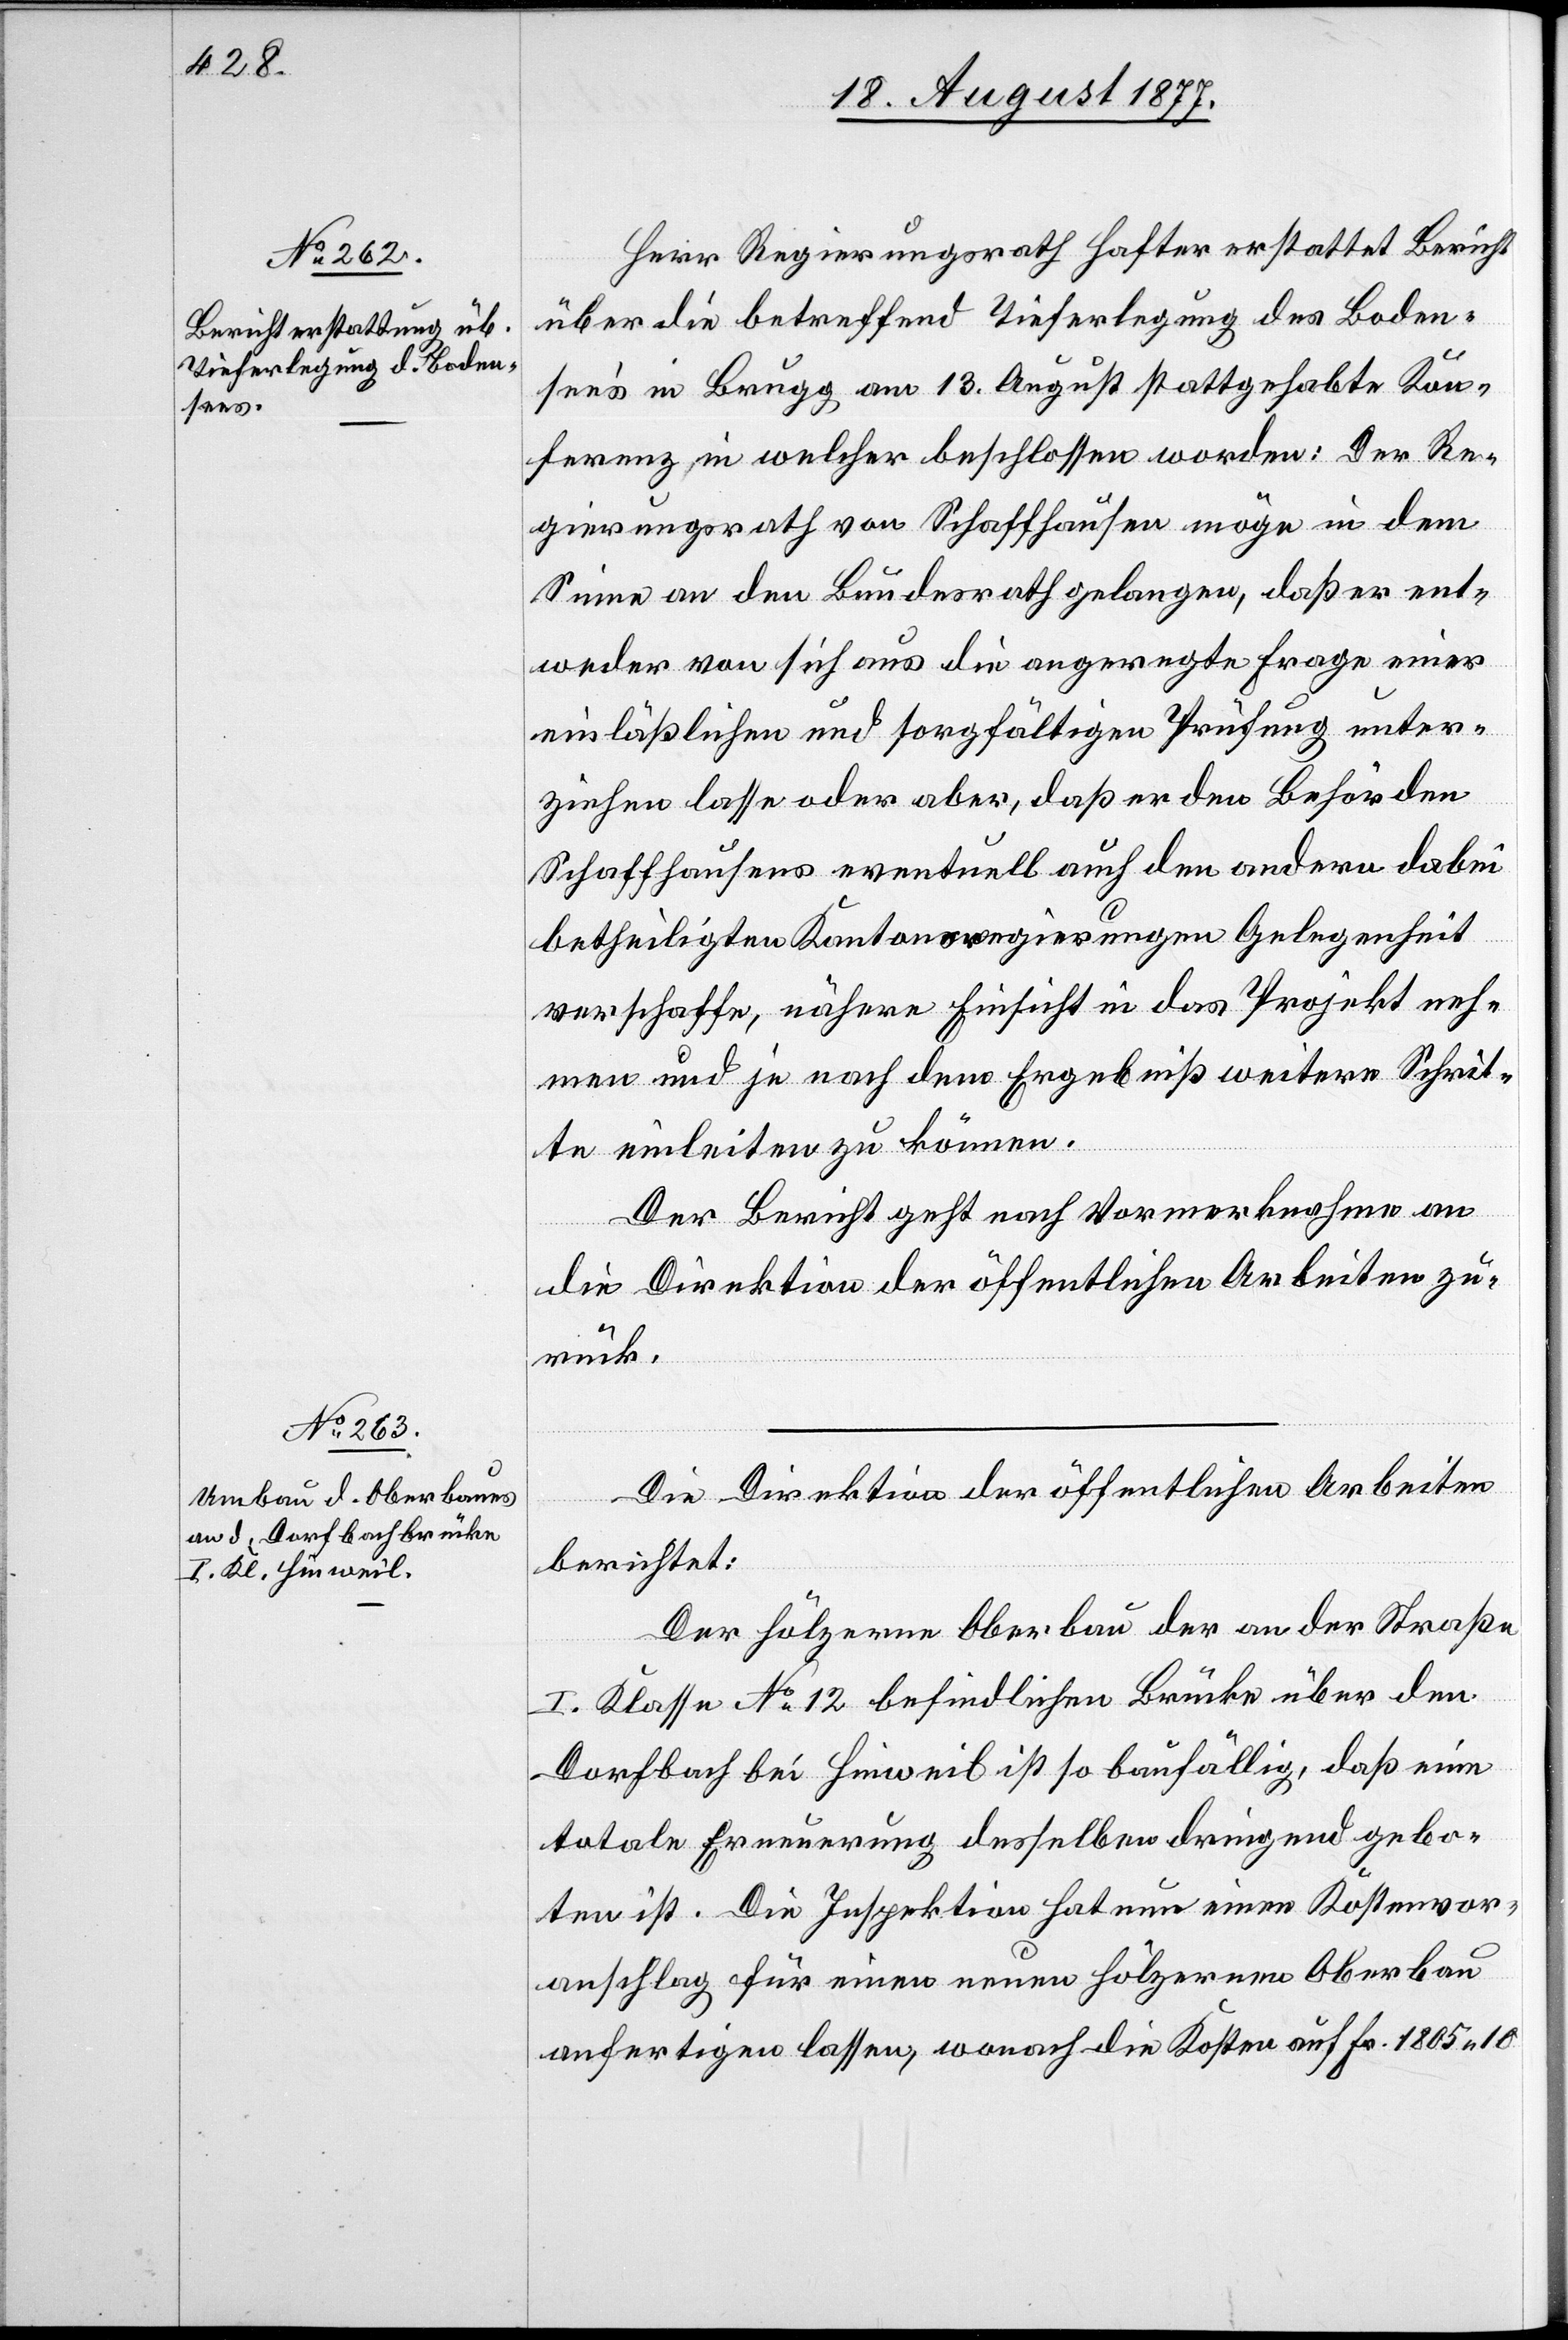
Herr Regierungsrath Hafter erstattet Bericht
über die betreffend Tieferlegung des Boden¬
see’s in Brugg am 13. August stattgehabte Kon¬
ferenz in welcher beschlossen worden: Der Re¬
gierungsrath von Schaffhausen möge in dem
Sinne an den Bundesrath gelangen, daß er ent¬
weder von sich aus die angeregte Frage einer
einläßlichen und sorgfältigen Prüfung unter¬
ziehen lasse oder aber, daß er den Behörden
Schaffhausens eventuell auch den andern dabei
betheiligten Kantonsregierungen Gelegenheit
verschaffe, nähere Einsicht in das Projekt neh¬
men und je nach dem Ergebniß weitere Schrit¬
te einleiten zu können.
Der Bericht geht nach Vormerknahme an
die Direktion der öffentlichen Arbeiten zu¬
rück.
Die Direktion der öffentlichen Arbeiten
berichtet:
Der hölzerne Oberbau der an der Straße
I. Klasse No 12 befindlichen Brücke über den
Dorfbach bei Hinweil ist so baufällig, daß eine
totale Erneuerung desselben dringend gebo¬
ten ist. Die Inspektion hat nun einen Kostenvor¬
anschlag für einen neuen hölzernen Oberbau
anfertigen lassen, wonach die Kosten auf Fr. 1805.10